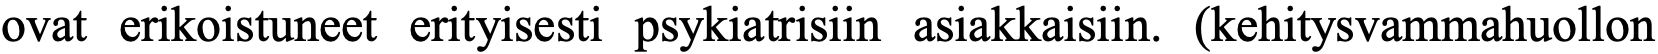
ovat erikoistuneet erityisesti psykiatrisiin asiakkaisiin. (kehitysvammahuollon